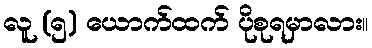
လူ (၅) ယောက်ထက် ပိုစုရမှာလား။